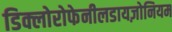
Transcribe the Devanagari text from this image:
डिक्लोरोफेनीलडायज़ोनियम